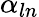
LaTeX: \alpha_{ln}